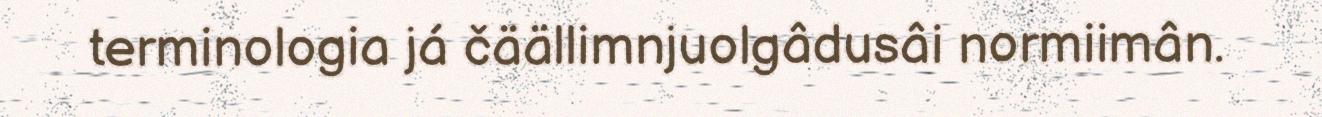
terminologia já čäällimnjuolgâdusâi normiimân.